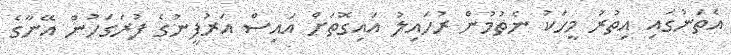
އެތަނުގައި އިތުރު މީހަކު ނެތުމުން ރުހައިލު އައިގޮތަށް އައިސް އަރުފީނުގެ ފުރަގަހުން އޭނާގެ